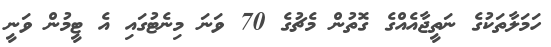
ހަމަލާތަކުގެ ނަތީޖާއެއްގެ ގޮތުން މެޗުގެ 70 ވަނަ މިނެޓުގައި އެ ޓީމުން ވަނީ